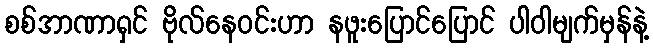
စစ်အာဏာရှင် ဗိုလ်နေဝင်းဟာ နဖူးပြောင်ပြောင် ပါဝါမျက်မှန်နဲ့